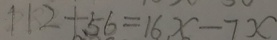
1 1 2 + 5 6 = 1 6 x - 7 x